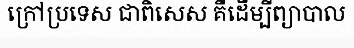
ក្រៅប្រទេស ជាពិសេស គឺដើម្បីព្យាបាល